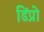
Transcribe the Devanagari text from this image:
डिंप्रो